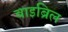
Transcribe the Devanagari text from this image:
बाइब्रिल